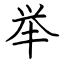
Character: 举